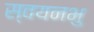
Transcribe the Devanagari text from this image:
स्वयनभु